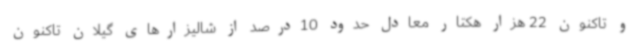
و تاکنون 22 هزار هکتار معادل حدود 10درصد از شالیزارهای گیلان تاکنون